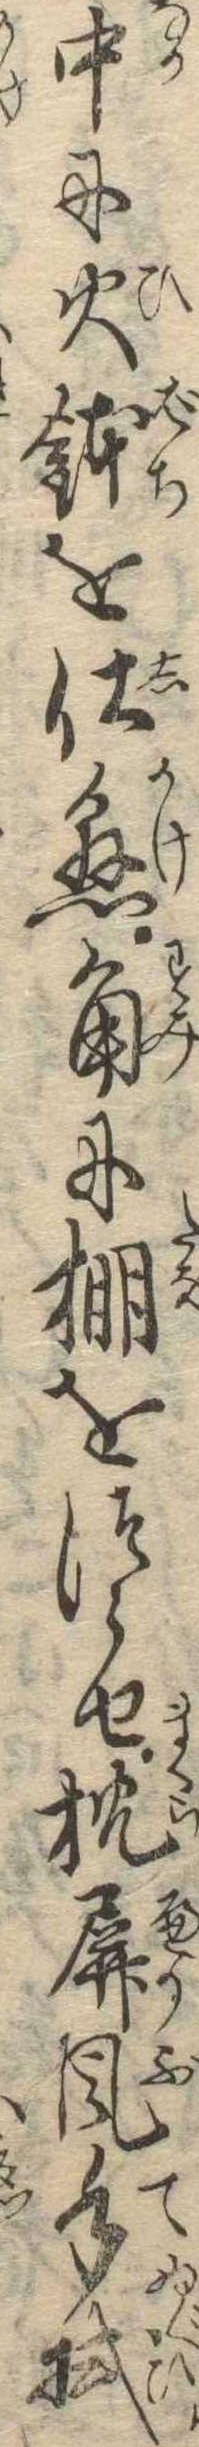
中に火鉢を仕懸角に棚をつらせ枕屏風手拭